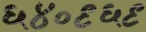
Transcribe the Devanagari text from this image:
६४०९६९